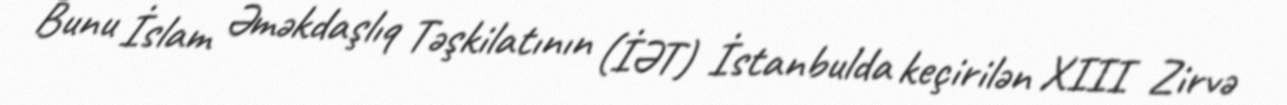
Bunu İslam Əməkdaşlıq Təşkilatının (İƏT) İstanbulda keçirilən XIII Zirvə